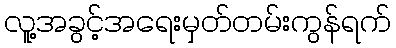
လူ့အခွင့်အရေးမှတ်တမ်းကွန်ရက်